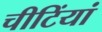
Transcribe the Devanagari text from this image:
चीटिंयां